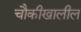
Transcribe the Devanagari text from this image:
चौकीखालील